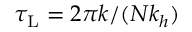
\tau _ { \mathrm { L } } = 2 \pi k / ( N k _ { h } )